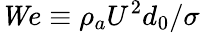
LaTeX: {\mathit We}\equiv\rho_{a}U^{2}d_{0}/\sigma